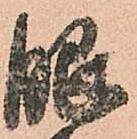
眼